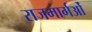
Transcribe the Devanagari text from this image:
राजमार्गओं